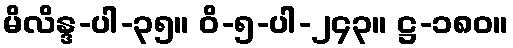
မိလိန္ဒ-ပါ-၃၅။ ဝိ-၅-ပါ-၂၄၃။ ဋ္ဌ-၁၈၀။